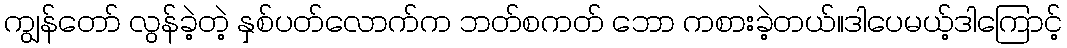
ကျွန်တော် လွန်ခဲ့တဲ့ နှစ်ပတ်လောက်က ဘတ်စကတ် ဘော ကစားခဲ့တယ်။ဒါပေမယ့်ဒါကြောင့်